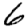
Digit: 6